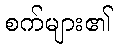
စက်များ၏